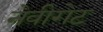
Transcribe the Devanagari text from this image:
नेवीगेट